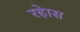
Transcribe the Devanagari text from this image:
रहेास